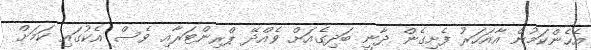
އެހެންކަމުން އާއަހަރު ފެށިގެން ދާނީ ބަދިގެއަށް ވެއްދޭ ޕްރިންޓަރާއި ވެސް އެކުގައި ކަމަށް